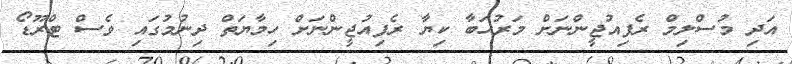
އަދި މުސްލިމް ރެފިއުޖީންނަށް މަރުޙަބާ ކިޔާ ރެފިއުޖީންނަށް ހިމާޔަތް ދިނުމުގައި ވެސް ޓްރޫޑޯ